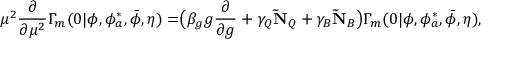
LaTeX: \mu ^ { 2 } \frac { \partial } { \partial \mu ^ { 2 } } \Gamma _ { m } ( 0 | \phi , \phi _ { a } ^ { * } , \bar { \phi } , \eta ) = \bigr ( \beta _ { g } g \frac { \partial } { \partial g } + \gamma _ { Q } \mathbf { \tilde { N } } _ { Q } + \gamma _ { B } \mathbf { \tilde { N } } _ { B } \bigr ) \Gamma _ { m } ( 0 | \phi , \phi _ { a } ^ { * } , \bar { \phi } , \eta ) ,